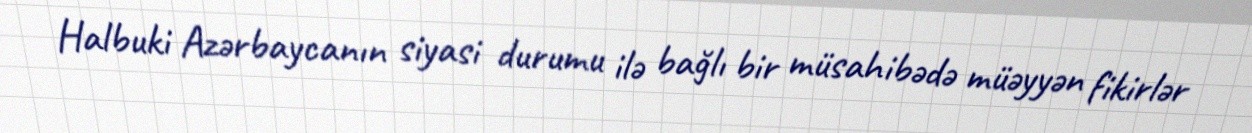
Halbuki Azərbaycanın siyasi durumu ilə bağlı bir müsahibədə müəyyən fikirlər